Report of the Hyderabad Chloroform Commission
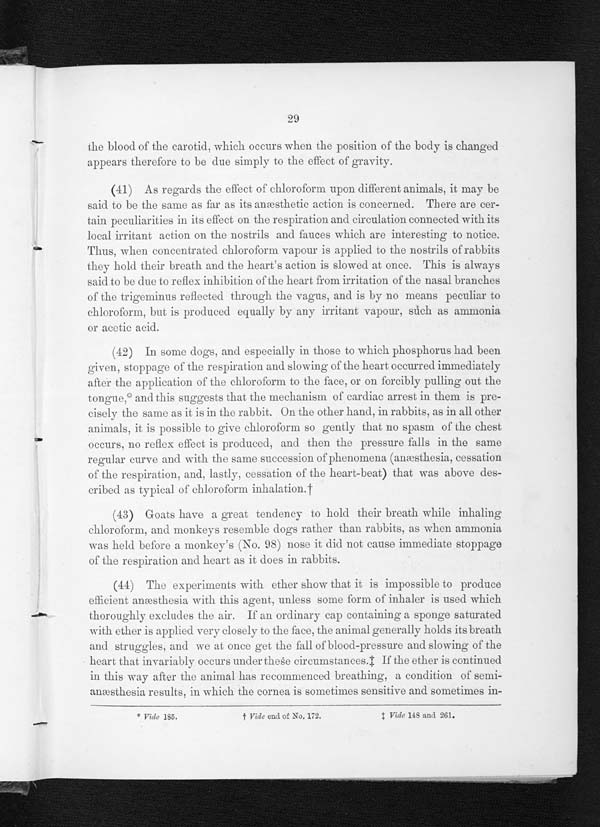
29
the blood of the carotid, which occurs when the position of the body is changed
appears therefore to be due simply to the effect of gravity.
(41)
As regards the effect of chloroform upon different animals, it may be
said to be the same as far as its anæsthetic action is concerned. There are cer-
tain peculiarities in its effect on the respiration and circulation connected with its
local irritant action on the nostrils and fauces which are interesting to notice.
Thus, when concentrated chloroform vapour is applied to the nostrils of rabbits
they hold their breath and the heart’s action is slowed at once. This is always
said to be due to reflex inhibition of the heart from irritation of the nasal branches
of t he t r i gemi nus r ef l ect ed t hr ough t he vagus , and i s by no means pecul i ar t o
chloroform, but is produced equally by any irritant vapour, such as ammonia
or acetic acid.
(42)
In some dogs, and especially in those to which phosphorus had been
given, stoppage of the respiration and slowing of the heart occurred immediately
after the application of the chloroform to the face, or on forcibly pulling out the
tongue,* and this suggests that the mechanism of cardiac arrest in them is pre-
cisely the same as it is in the rabbit. On the other hand, in rabbits, as in all other
animals, it is possible to give chloroform so gently that no spasm of the chest
occurs, no reflex effect is produced, and then the pressure falls in the same
regular curve and with the same succession of phenomena (anæsthesia, cessation
of the respiration, and, lastly, cessation of the heart-beat) that was above des-
cribed as typical of chloroform inhalation.†
(43)
Goats have a great tendency to hold their breath while inhaling
chloroform, and monkeys resemble dogs rather than rabbits, as when ammonia
was held before a monkey’s (No. 98) nose it did not cause immediate stoppage
of the respiration and heart as it does in rabbits.
(44)
The experiments with ether show that it is impossible to produce
efficient anæsthesia with this agent. unless some form of inhaler is used which
thoroughly excludes the air. If an ordinary cap containing a sponge saturated
with ether is applied very closely to the face, the animal generally holds its breath
and struggles, and we at once get the fall of blood-pressure and slowing of the
heart that invariably occurs under these circumstances. ‡ If the ether is continued
in this way after the animal has recommenced breathing, a condition of semi-
anæsthesia results, in which the cornea is sometimes sensitive and sometimes in-
* Vide 185. † Vide end of No. 172. ‡ Vide 148 and 261.